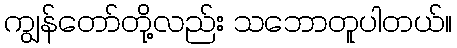
ကျွန်တော်တို့လည်း သဘောတူပါတယ်။